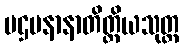
ပဌမနာနာတိတ္ထိယသုတ္တ